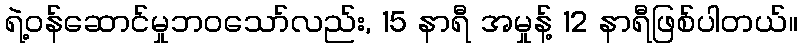
ရဲ့ဝန်ဆောင်မှုဘဝသော်လည်း, 15 နာရီ အမှုန့် 12 နာရီဖြစ်ပါတယ်။